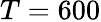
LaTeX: T=600